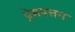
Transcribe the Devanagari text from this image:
प्रेमपत्तन